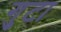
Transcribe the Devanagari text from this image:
गुटा